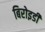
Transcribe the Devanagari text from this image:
बिरोइडी